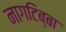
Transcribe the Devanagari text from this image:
नागटिब्बा